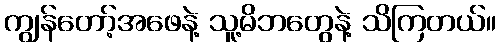
ကျွန်တော့်အဖေနဲ့ သူ့မိဘတွေနဲ့ သိကြတယ်။